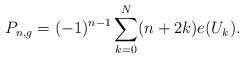
LaTeX: \begin{align*}P_{n, g} = (-1)^{n-1}\sum_{k=0}^{N}(n+2k)e(U_k). \end{align*}